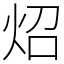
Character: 炤